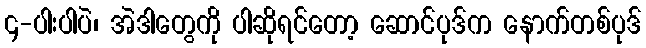
၄-ပါးပါပဲ၊ အဲဒါတွေကို ပါဆိုရင်တော့ ဆောင်ပုဒ်က နောက်တစ်ပုဒ်